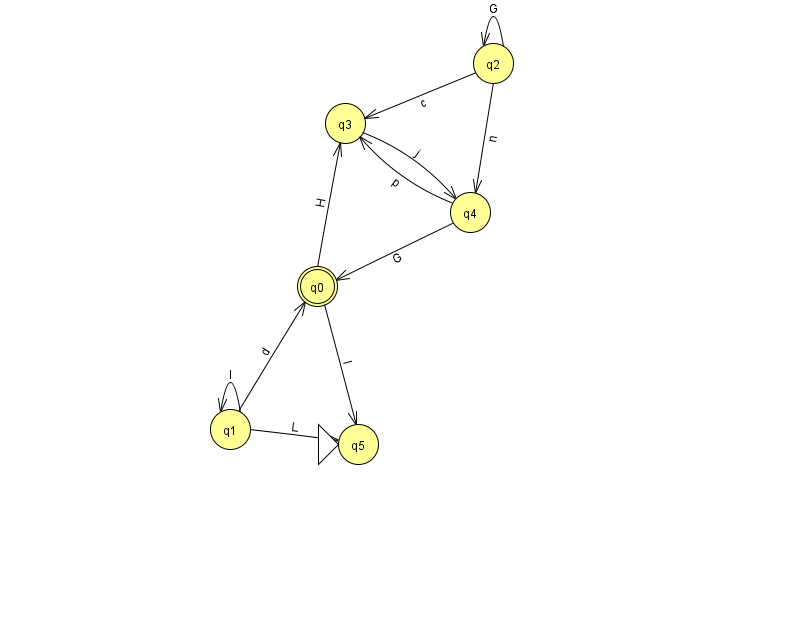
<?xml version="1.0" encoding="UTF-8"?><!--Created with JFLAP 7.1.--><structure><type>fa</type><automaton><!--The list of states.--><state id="0" name="q0"><x>317.0</x><y>273.0</y><final/></state><state id="1" name="q1"><x>230.0</x><y>416.0</y></state><state id="2" name="q2"><x>493.0</x><y>50.0</y></state><state id="3" name="q3"><x>345.0</x><y>110.0</y></state><state id="4" name="q4"><x>470.0</x><y>199.0</y></state><state id="5" name="q5"><x>358.0</x><y>431.0</y><initial/></state><!--The list of transitions.--><transition><from>2</from><to>3</to><read>c</read></transition><transition><from>0</from><to>3</to><read>H</read></transition><transition><from>1</from><to>0</to><read>d</read></transition><transition><from>2</from><to>2</to><read>G</read></transition><transition><from>4</from><to>3</to><read>p</read></transition><transition><from>0</from><to>5</to><read>I</read></transition><transition><from>1</from><to>1</to><read>l</read></transition><transition><from>1</from><to>5</to><read>L</read></transition><transition><from>3</from><to>4</to><read>j</read></transition><transition><from>2</from><to>4</to><read>n</read></transition><transition><from>4</from><to>0</to><read>G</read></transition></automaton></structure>